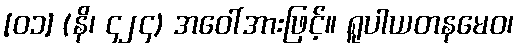
[၀၁] (နိ၊ ၄၂၄) အဝေါ်အားဖြင့်။ ရူပါယတနမေဝ၊